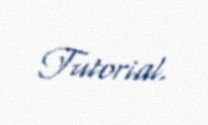
Tutorial.